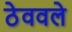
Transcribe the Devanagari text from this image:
ठेववले